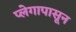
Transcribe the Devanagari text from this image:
प्लेगापासून